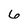
Character: 6